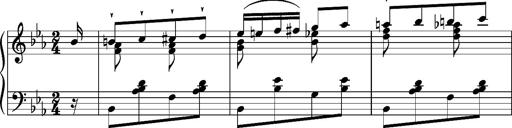
Title: Album-Leaves 'Grandes Galops chromatique'
Composer: Franz Liszt
Key: E-flat major